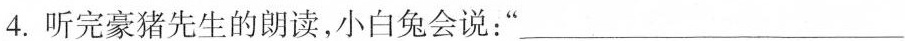
4.听完豪猪先生的朗读，小白兔会说：___